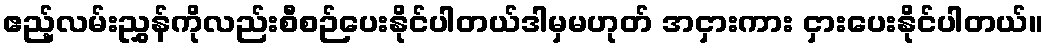
ဧည့်လမ်းညွှန်ကိုလည်းစီစဉ်ပေးနိုင်ပါတယ်ဒါမှမဟုတ် အငှားကား ငှားပေးနိုင်ပါတယ်။